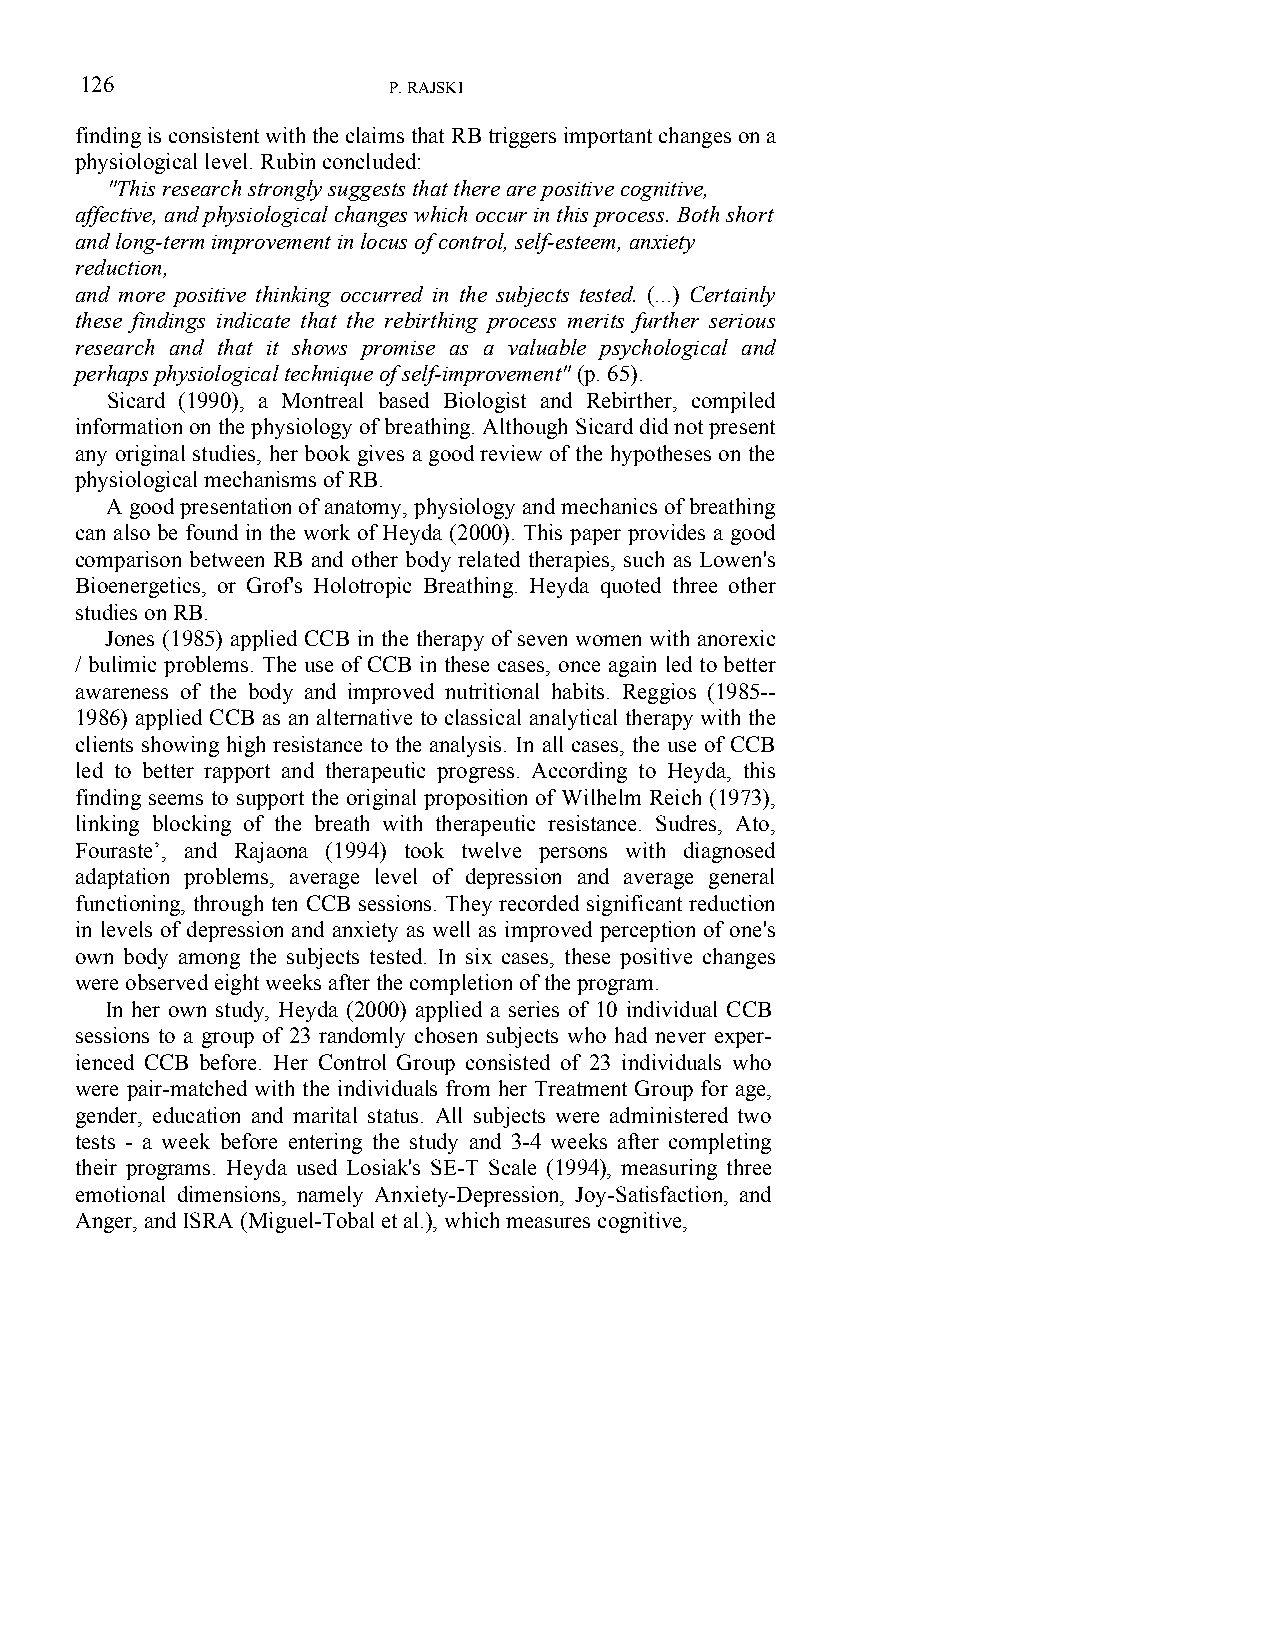
126
 P. RAJSKI
 finding is consistent with the claims that RB triggers important changes on a
 physiological level. Rubin concluded:
 "This research strongly suggests that there are positive cognitive,
 affective, and physiological changes which occur in this process. Both short
 and long-term improvement in locus of control, self-esteem, anxiety
 reduction,
 and more positive thinking occurred in the subjects tested. (...) Certainly
 these findings indicate that the rebirthing process merits further serious
 research and that it shows promise as a valuable psychological and
 perhaps physiological technique of self-improvement" (p. 65).
 Sicard (1990), a Montreal based Biologist and Rebirther, compiled
 information on the physiology of breathing. Although Sicard did not present
 any original studies, her book gives a good review of the hypotheses on the
 physiological mechanisms of RB.
 A good presentation of anatomy, physiology and mechanics of breathing
 can also be found in the work of Heyda (2000). This paper provides a good
 comparison between RB and other body related therapies, such as Lowen's
 Bioenergetics, or Grof's Holotropic Breathing. Heyda quoted three other
 studies on RB.
 Jones (1985) applied CCB in the therapy of seven women with anorexic
 / bulimic problems. The use of CCB in these cases, once again led to better
 awareness of the body and improved nutritional habits. Reggios (1985--
 1986) applied CCB as an alternative to classical analytical therapy with the
 clients showing high resistance to the analysis. In all cases, the use of CCB
 led to better rapport and therapeutic progress. According to Heyda, this
 finding seems to support the original proposition of Wilhelm Reich (1973),
 linking blocking of the breath with therapeutic resistance. Sudres, Ato,
 Fouraste’, and Rajaona (1994) took twelve persons with diagnosed
 adaptation problems, average level of depression and average general
 functioning, through ten CCB sessions. They recorded significant reduction
 in levels of depression and anxiety as well as improved perception of one's
 own body among the subjects tested. In six cases, these positive changes
 were observed eight weeks after the completion of the program.
 In her own study, Heyda (2000) applied a series of 10 individual CCB
 sessions to a group of 23 randomly chosen subjects who had never exper-
 ienced CCB before. Her Control Group consisted of 23 individuals who
 were pair-matched with the individuals from her Treatment Group for age,
 gender, education and marital status. All subjects were administered two
 tests - a week before entering the study and 3-4 weeks after completing
 their programs. Heyda used Losiak's SE-T Scale (1994), measuring three
 emotional dimensions, namely Anxiety-Depression, Joy-Satisfaction, and
 Anger, and ISRA (Miguel-Tobal et al.), which measures cognitive,